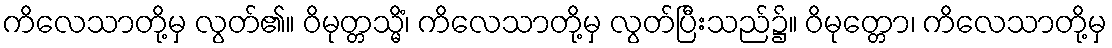
ကိလေသာတို့မှ လွတ်၏။ ဝိမုတ္တသ္မိံ၊ ကိလေသာတို့မှ လွတ်ပြီးသည်၌။ ဝိမုတ္တော၊ ကိလေသာတို့မှ